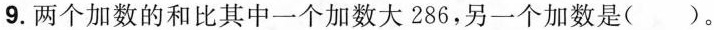
9.两个加数的和比其中一个加数大286，另一个加数是( )。